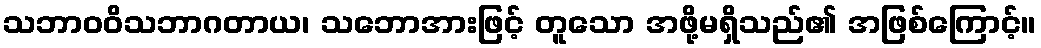
သဘာဝဝိသဘာဂတာယ၊ သဘောအားဖြင့် တူသော အဖို့မရှိသည်၏ အဖြစ်ကြောင့်။